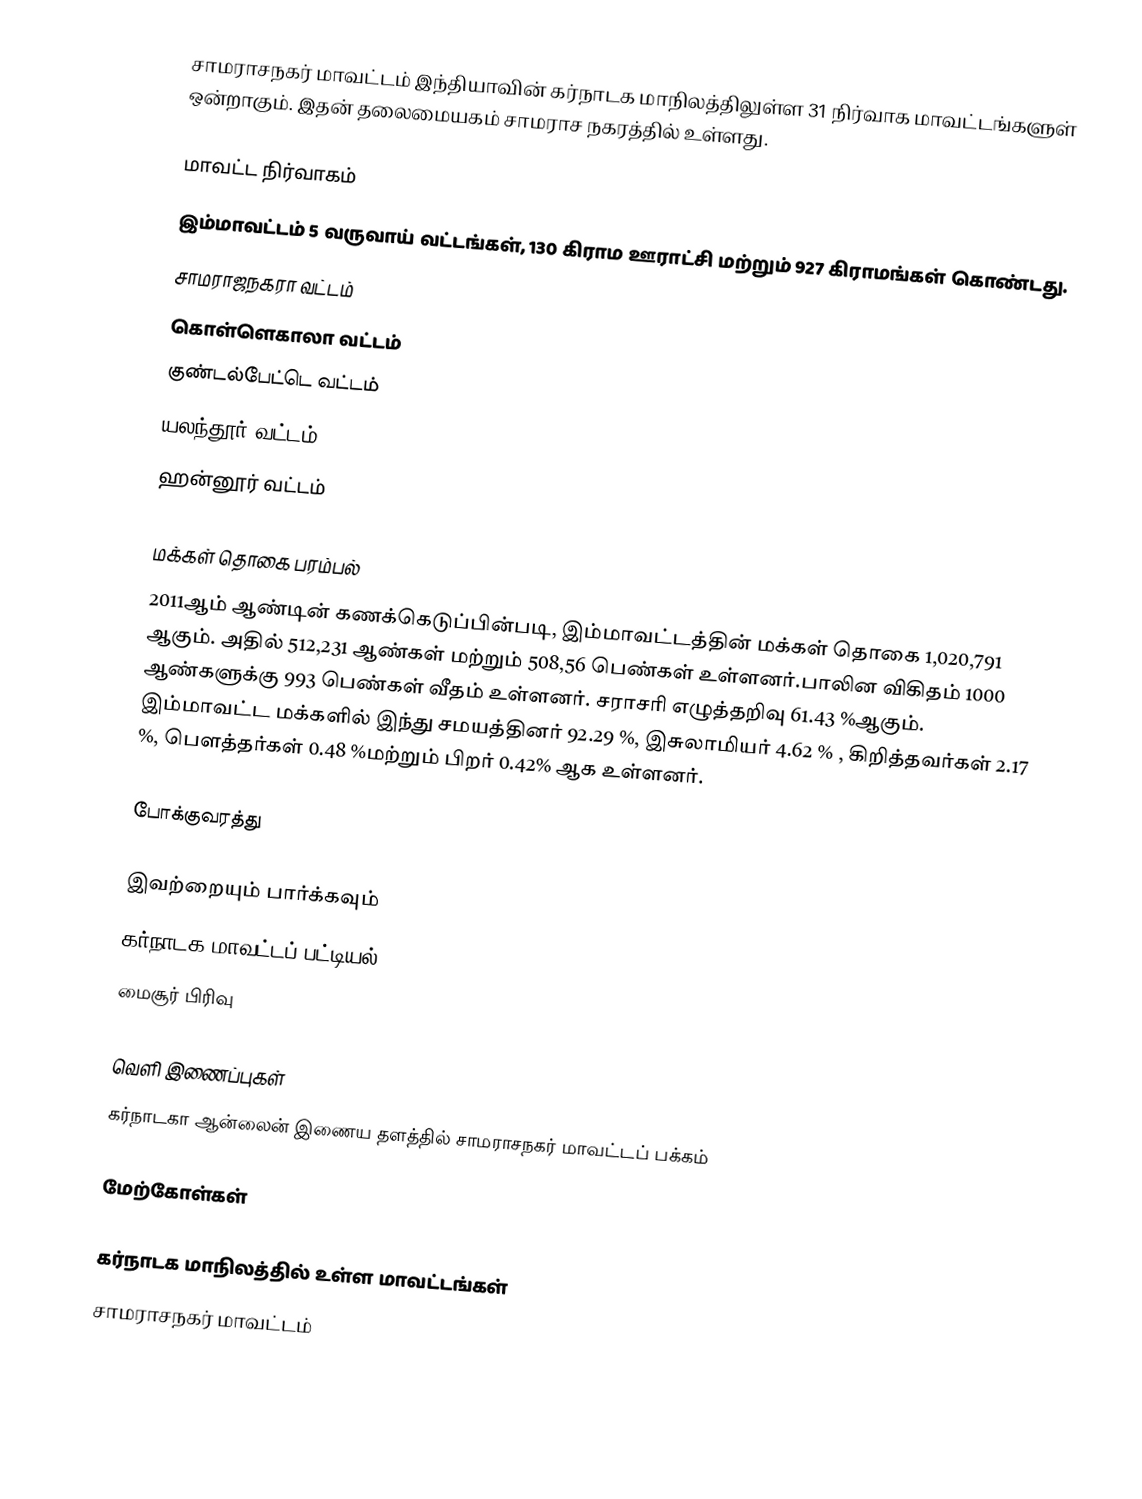
சாமராசநகர் மாவட்டம் இந்தியாவின் கர்நாடக மாநிலத்திலுள்ள 31 நிர்வாக மாவட்டங்களுள் ஒன்றாகும். இதன் தலைமையகம் சாமராச நகரத்தில் உள்ளது.

மாவட்ட நிர்வாகம்
இம்மாவட்டம் 5 வருவாய் வட்டங்கள், 130 கிராம ஊராட்சி மற்றும் 927 கிராமங்கள் கொண்டது.
 சாமராஜநகரா வட்டம்
 கொள்ளெகாலா வட்டம்
 குண்டல்பேட்டெ வட்டம்
 யலந்தூர் வட்டம்
 ஹன்னூர் வட்டம்

மக்கள் தொகை பரம்பல்
2011ஆம் ஆண்டின் கணக்கெடுப்பின்படி,   இம்மாவட்டத்தின் மக்கள் தொகை 1,020,791 ஆகும். அதில்  512,231 ஆண்கள் மற்றும் 508,56 பெண்கள் உள்ளனர்.பாலின விகிதம் 1000 ஆண்களுக்கு 993 பெண்கள் வீதம் உள்ளனர். சராசரி எழுத்தறிவு 61.43 %ஆகும். இம்மாவட்ட மக்களில் இந்து சமயத்தினர் 92.29 %, இசுலாமியர் 4.62 % , கிறித்தவர்கள் 2.17 %, பௌத்தர்கள் 0.48 %மற்றும் பிறர் 0.42% ஆக உள்ளனர்.

போக்குவரத்து

இவற்றையும் பார்க்கவும்
கர்நாடக மாவட்டப் பட்டியல்
 மைசூர் பிரிவு

வெளி இணைப்புகள்
 கர்நாடகா ஆன்லைன் இணைய தளத்தில் சாமராசநகர் மாவட்டப் பக்கம்

மேற்கோள்கள்

கர்நாடக மாநிலத்தில் உள்ள மாவட்டங்கள்
சாமராசநகர் மாவட்டம்